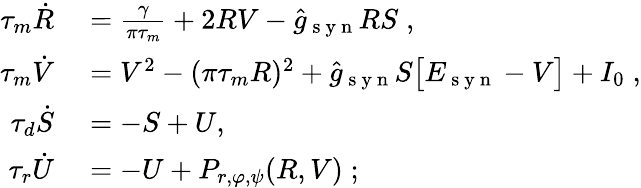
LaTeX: \begin{array}{rl}{\tau_{m}\dot{R}}&{{}=\frac{\gamma}{\pi\tau_{m}}+2RV-\hat{g}_{\mathrm{~s~y~n~}}RS\; ,}\\ {\tau_{m}\dot{V}}&{{}=V^{2}-(\pi\tau_{m}R)^{2}+\hat{g}_{\mathrm{~s~y~n~}}S\big[E_{\mathrm{~s~y~n~}}-V\big]+I_{0}\; ,}\\ {\tau_{d}\dot{S}}&{{}=-S+U,\; }\\ {\tau_{r}\dot{U}}&{{}=-U+P_{r,\varphi,\psi}(R,V)\; ;}\end{array}